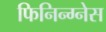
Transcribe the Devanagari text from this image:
फिनिन्ग्नेस